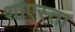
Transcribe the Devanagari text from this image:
शाएस्ता